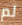
لم